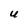
Character: U